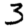
Digit: 3